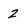
Character: 2